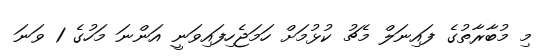
މި މުބާރާތުގެ ފައިނަލް މެޗު ކުޅުމަށް ހަމަޖެހިފައިވަނީ އަންނަ މަހުގެ 1 ވަނަ